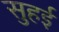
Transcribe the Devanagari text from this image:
सुहई